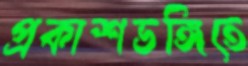
প্রকাশভঙ্গিতে